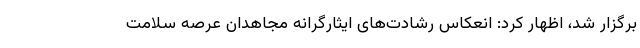
برگزار شد، اظهار کرد: انعکاس رشادت‌های ایثارگرانه مجاهدان عرصه سلامت